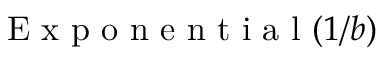
{ \textrm { E x p o n e n t i a l } } ( 1 / b )